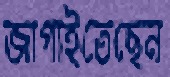
জাগাইতেছেন